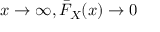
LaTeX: x \to \infty , { \bar { F } } _ { X } ( x ) \to 0